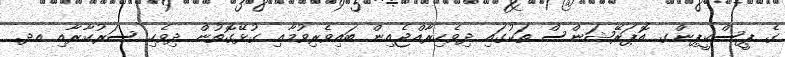
ގެ ޕީސްކީޕިންގ އޮޕަރޭޝަންސް ތަކުގައި ދިވެހިރާއްޖެއިން ބައިވެރިވުމާއި ގުޅޭގޮތުން ދިވެހި ސަރުކާރާއި އދ.